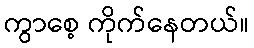
ကွာစေ့ ကိုက်နေတယ်။